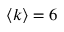
\langle k \rangle = 6